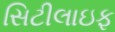
સિટીલાઇફ